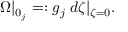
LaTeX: \Omega | _ { 0 _ { j } } = : g _ { j } \; d \zeta | _ { \zeta = 0 } .